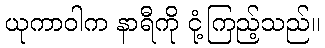
ယုကာဝါက နာရီကို ငုံ့ကြည့်သည်။